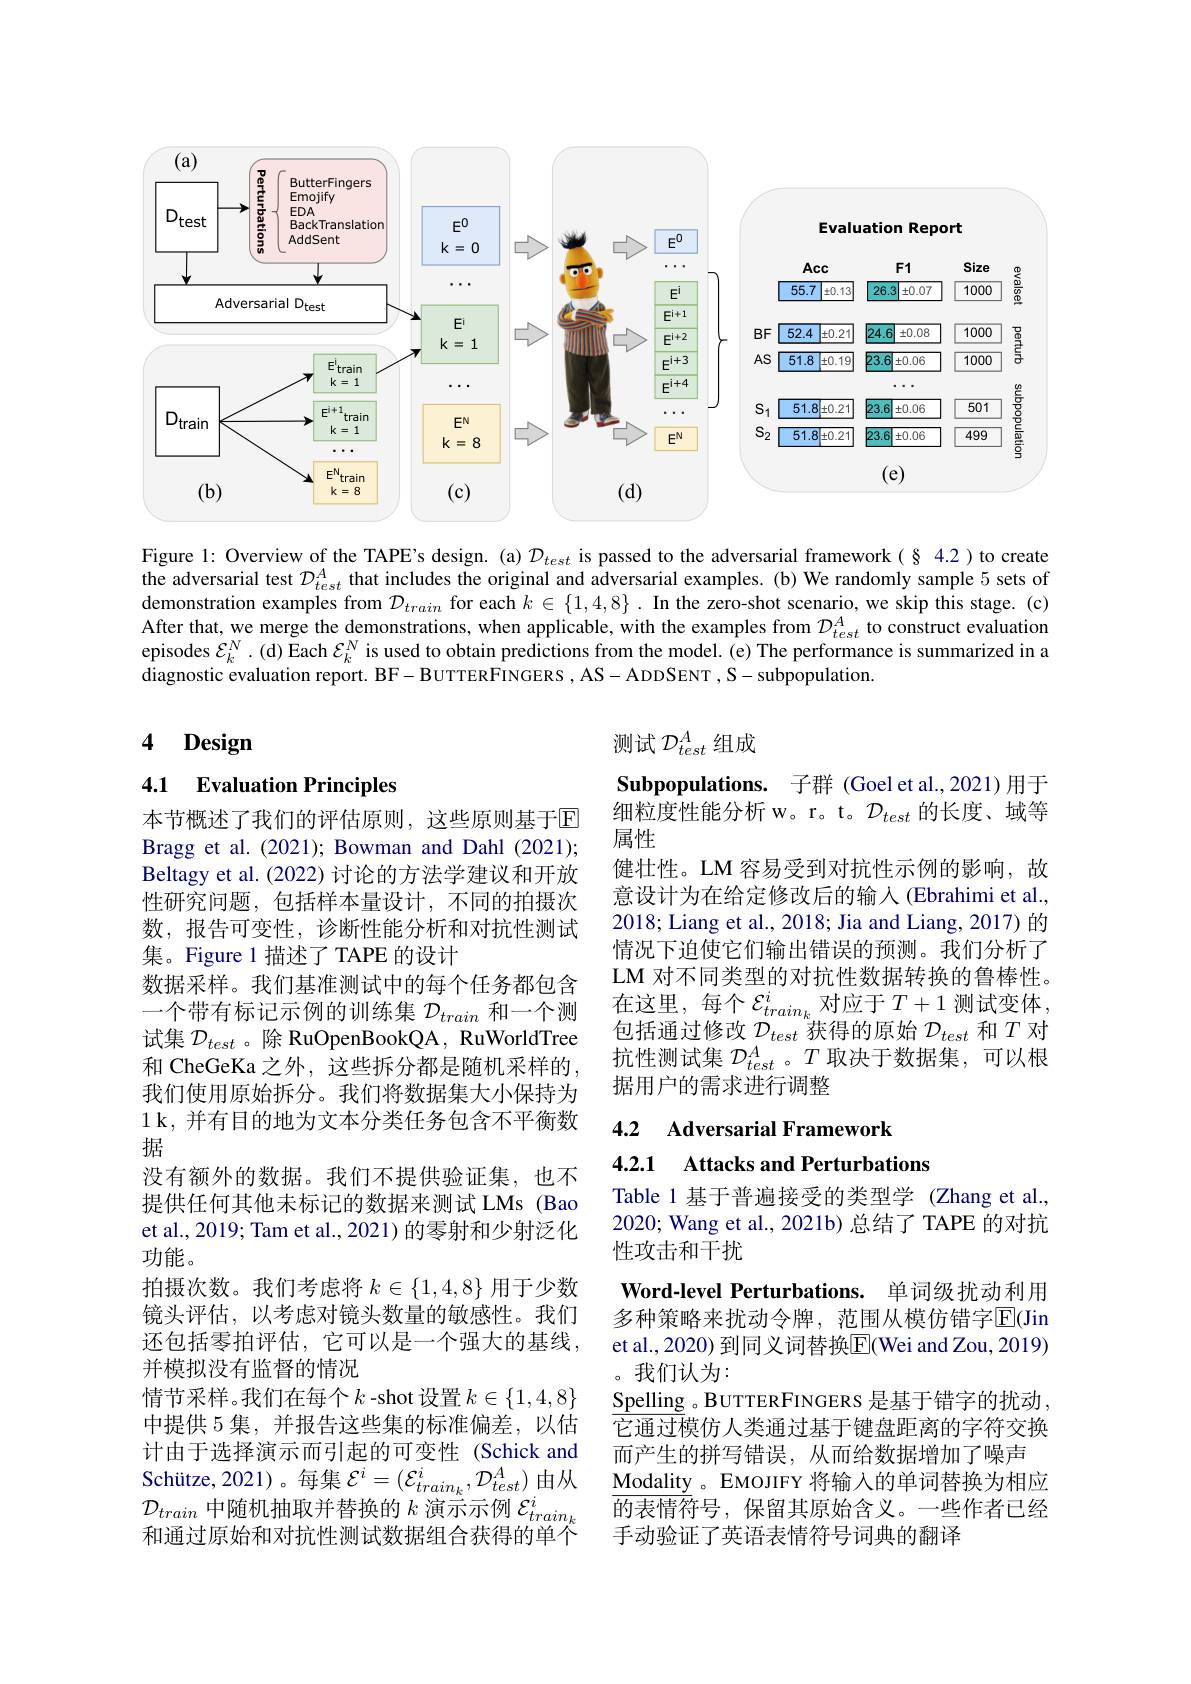
<FigureHere>

Figure l: Overview of the TAPE's design. (a) $\mathcal{D}_{test}$ is passed to the adversarial framework(§4.2)to create the adversarial test $\mathcal{D}_{test}^{A}$ that includes the original and adversarial examples.(b) We randomly sample 5 sets of demonstration examples from $\mathcal{D}_{train}$ for each $k\in\{1,4,8\}.$ In the zero-shot scenario, we skip this stage.(c) After that, we merge the demonstrations, when applicable, with the examples from $\mathcal{D}_{test}^{A}$ to construct evaluation episodes $\mathcal{E}_k^N.$ (d) Each $\mathcal{E}_k^N$ is used to obtain predictions from the model. (e) The performance is summarized in a diagnostic evaluation report. BF- BUTTERFINGERS , AS- ADDSENT , S- subpopulation.

测试$\mathcal{D}_{test}^A$组成

## 4 $\mathbf{Design}$

### 4.1 Evaluation Principles

Subpopulations. 子群 (Goel et al.,2021)用于细粒度性能分析 w。r。t。$\mathcal{D}_test$的长度、域等属性
健壮性。LM 容易受到对抗性示例的影响，故意设计为在给定修改后的输入(Ebrahimi et al., 2018; Liang et al., 2018; Jia and Liang, 2017) 的情况下迫使它们输出错误的预测。我们分析了LM 对不同类型的对抗性数据转换的鲁棒性。在这里，每个$\mathcal{E}_train_k^i$对应于$T+1$测试变体包括通过修改$\mathcal{D}_test$获得的原始$\mathcal{D}_test$和$T$对抗性测试集$\mathcal{D}_test^A$。$T$取决于数据集，可以根据用户的需求进行调整

### 4.2 Adversarial Framework 4.2.1 Attacks and Perturbations

本节概述了我们的评估原则，这些原则基于E Bragg et al.(2021); Bowman and Dahl (2021); Beltagy et al. (2022) 讨论的方法学建议和开放性研究问题，包括样本量设计，不同的拍摄次数，报告可变性，诊断性能分析和对抗性测试集。Figure 1 描述了 TAPE 的设计
数据采样。我们基准测试中的每个任务都包含一个带有标记示例的训练集$\mathcal{D}_train$和一个测试集$\mathcal{D}_test$ 。除 RuOpenBookQA, RuWorldTree 和 CheGeKa 之外，这些拆分都是随机采样的， 我们使用原始拆分。我们将数据集大小保持为1 k, 并有目的地为文本分类任务包含不平衡数据
没有额外的数据。我们不提供验证集，也不提供任何其他未标记的数据来测试 LMs (Bao et al., 2019; Tam et al., 2021) 的零射和少射泛化功能。
拍摄次数。我们考虑将$k\in\{1,4,8\}$用于少数镜头评估，以考虑对镜头数量的敏感性。我们还包括零拍评估，它可以是一个强大的基线， 并模拟没有监督的情况
情节采样。我们在每个$k$ -shot 设置$k\in\{1,4,8\}$ 中提供 5 集，并报告这些集的标准偏差，以估计由于选择演示而引起的可变性(Schick and Schütze,2021)。每集$\mathcal{E}^i=(\mathcal{E}_{train_k}^i,\mathcal{D}_{test}^A)$由从$\mathcal{D}_{train}$中随机抽取并替换的$k$演示示例$\mathcal{E}_train_k^i$ 和通过原始和对抗性测试数据组合获得的单个

Table 1 基于普遍接受的类型学 (Zhang et al. 2020; Wang et al., 2021b) 总结了 TAPE 的对抗性攻击和干扰
Word-level Perturbations. 单词级扰动利用多种策略来扰动令牌，范围从模仿错字$\overline{\mathrm{E}}($Jin et al., 2020) 到同义词替换$\boxed{\mathrm{F}}$(Wei and Zou, 2019) 。我们认为：
$\underline{{\mathrm{Spelling}}}_{\mathrm{~o}}$BUTTERFINGERS 是基于错字的扰动它通过模仿人类通过基于键盘距离的字符交换而产生的拼写错误，从而给数据增加了噪声
Modality 。EMOJIFY 将输入的单词替换为相应$\bar{\overline{\text{的表情符号，保留其原始含义。一些作者已经}}}$ 手动验证了英语表情符号词典的翻译